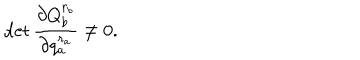
\det \frac { \partial Q _ { b } ^ { r _ { b } } } { \partial q _ { a } ^ { r _ { a } } } \neq 0 .